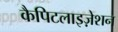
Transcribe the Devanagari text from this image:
कैपिटलाइज़ेशन